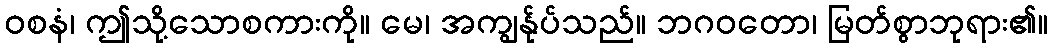
ဝစနံ၊ ဤသို့သောစကားကို။ မေ၊ အကျွန်ုပ်သည်။ ဘဂဝတော၊ မြတ်စွာဘုရား၏။